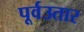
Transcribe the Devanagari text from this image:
पूर्वउतार